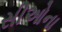
સીઓના